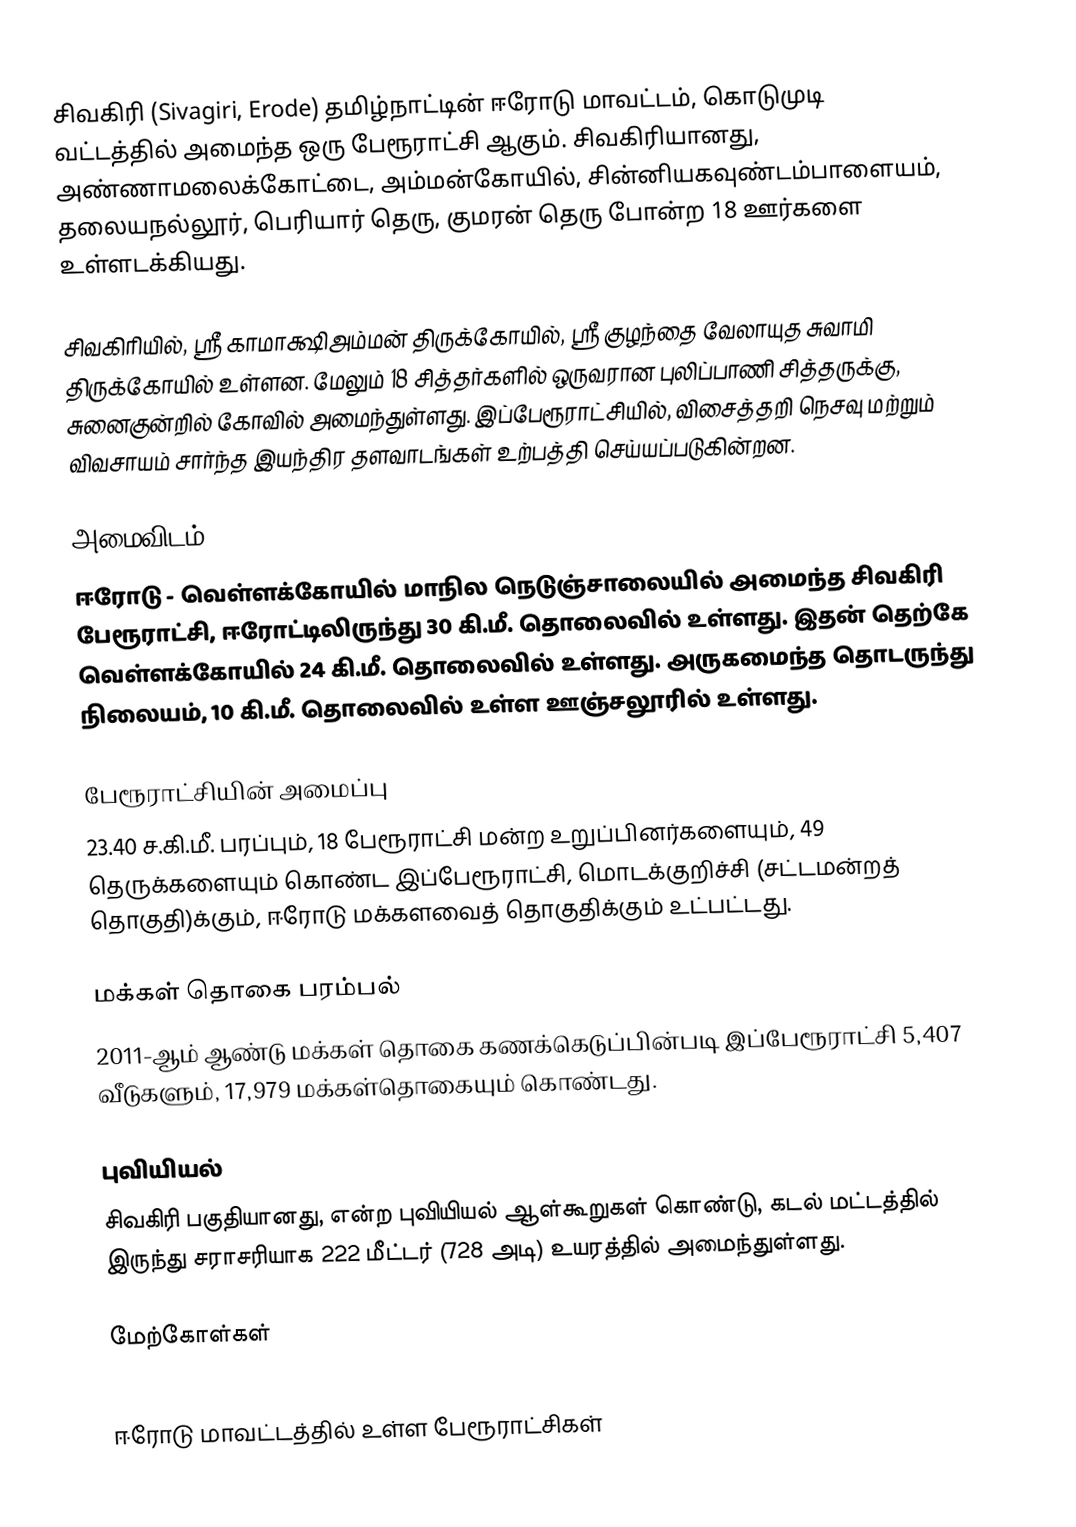
சிவகிரி (Sivagiri, Erode) தமிழ்நாட்டின் ஈரோடு மாவட்டம், கொடுமுடி வட்டத்தில் அமைந்த ஒரு பேரூராட்சி ஆகும்.  சிவகிரியானது, அண்ணாமலைக்கோட்டை, அம்மன்கோயில், சின்னியகவுண்டம்பாளையம், தலையநல்லூர், பெரியார் தெரு, குமரன் தெரு போன்ற 18 ஊர்களை உள்ளடக்கியது.

சிவகிரியில், ஸ்ரீ காமாக்ஷிஅம்மன்  திருக்கோயில்,  ஸ்ரீ  குழந்தை வேலாயுத சுவாமி திருக்கோயில்  உள்ளன. மேலும் 18 சித்தர்களில் ஒருவரான  புலிப்பாணி சித்தருக்கு, சுனைகுன்றில் கோவில் அமைந்துள்ளது. இப்பேரூராட்சியில், விசைத்தறி நெசவு மற்றும் விவசாயம் சார்ந்த இயந்திர தளவாடங்கள் உற்பத்தி செய்யப்படுகின்றன.

அமைவிடம்
ஈரோடு - வெள்ளக்கோயில் மாநில நெடுஞ்சாலையில் அமைந்த சிவகிரி பேரூராட்சி, ஈரோட்டிலிருந்து 30 கி.மீ. தொலைவில் உள்ளது. இதன் தெற்கே வெள்ளக்கோயில் 24 கி.மீ. தொலைவில் உள்ளது. அருகமைந்த தொடருந்து நிலையம், 10 கி.மீ. தொலைவில் உள்ள  ஊஞ்சலூரில் உள்ளது.

பேரூராட்சியின் அமைப்பு
23.40  ச.கி.மீ. பரப்பும், 18 பேரூராட்சி மன்ற உறுப்பினர்களையும், 49 தெருக்களையும் கொண்ட இப்பேரூராட்சி, மொடக்குறிச்சி (சட்டமன்றத் தொகுதி)க்கும், ஈரோடு மக்களவைத் தொகுதிக்கும் உட்பட்டது.

மக்கள் தொகை பரம்பல்
2011-ஆம் ஆண்டு மக்கள் தொகை கணக்கெடுப்பின்படி  இப்பேரூராட்சி 5,407  வீடுகளும், 17,979 மக்கள்தொகையும் கொண்டது.

புவியியல்
சிவகிரி பகுதியானது,  என்ற புவியியல் ஆள்கூறுகள் கொண்டு, கடல் மட்டத்தில் இருந்து சராசரியாக 222 மீட்டர் (728 அடி) உயரத்தில் அமைந்துள்ளது.

மேற்கோள்கள்

ஈரோடு  மாவட்டத்தில் உள்ள பேரூராட்சிகள்